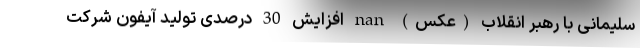
سلیمانی با رهبر انقلاب (عکس) nan افزایش 30 درصدی تولید آیفون شرکت